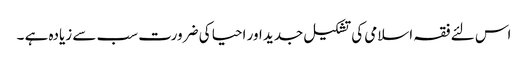
اس لئے فقہ اسلامی کی تشکیل جدید اور احیا کی ضرورت سب سے زیادہ ہے ۔